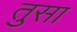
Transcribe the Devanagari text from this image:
तुसा